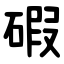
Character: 碬